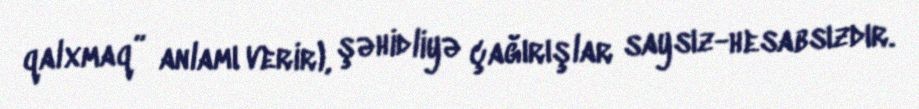
qalxmaq” anlamı verir), şəhidliyə çağırışlar saysız-hesabsızdır.